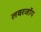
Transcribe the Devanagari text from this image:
लवरजॉय